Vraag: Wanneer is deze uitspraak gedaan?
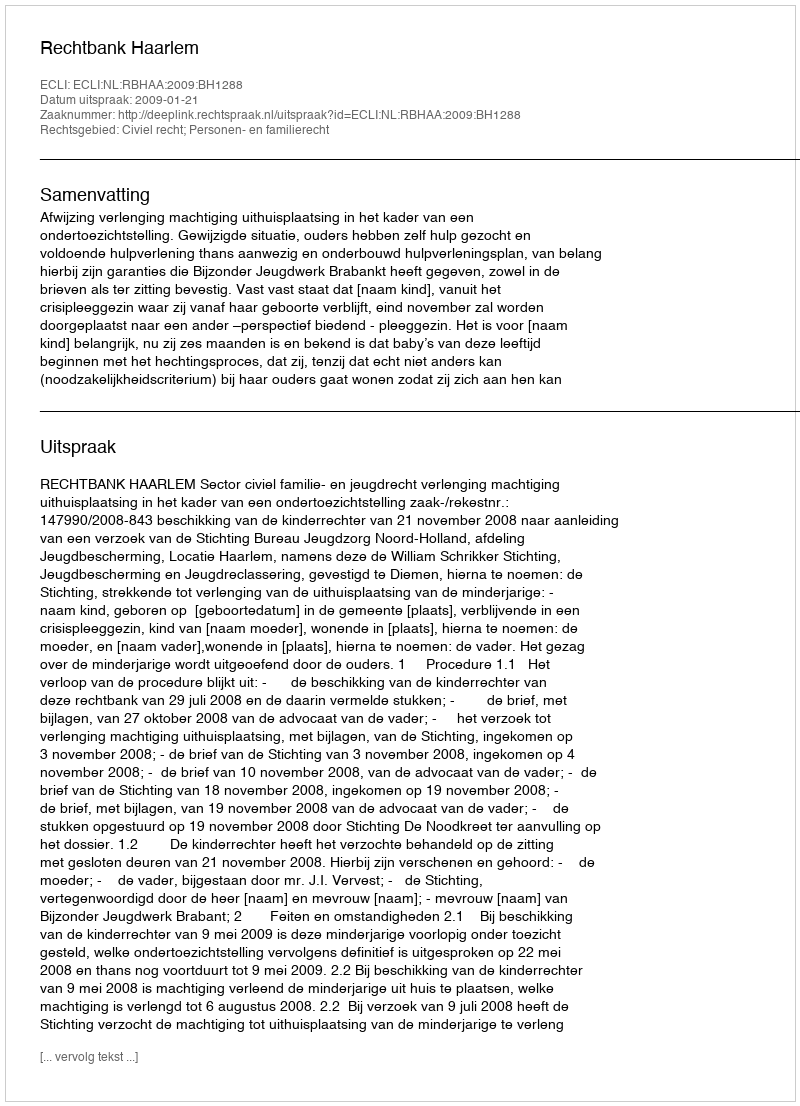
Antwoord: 2009-01-21